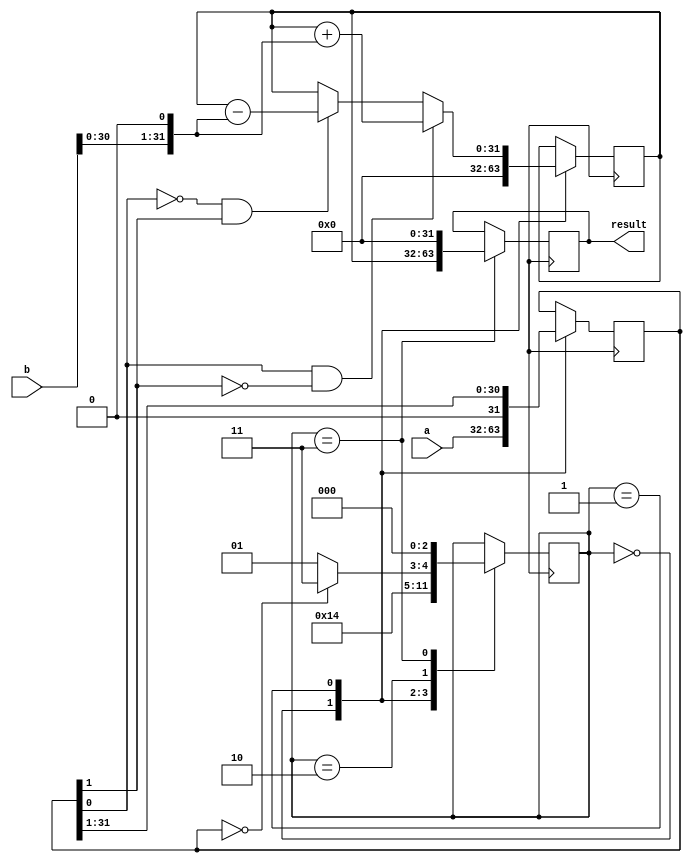
module booth_multiplier(
  input [31:0] a,
  input [31:0] b,
  output reg [63:0] result
);

reg [31:0] partial_product;
reg [31:0] multiplier_reg;
reg [2:0] state;

always @ (posedge clk) begin
  case(state)
    0: begin
      multiplier_reg <= a;
      partial_product <= 0;
      state <= 1;
    end
    1: begin
      if(multiplier_reg[0] == 1 && multiplier_reg[1] == 0) begin
        partial_product <= partial_product + (b << 1);
      end
      else if(multiplier_reg[0] == 0 && multiplier_reg[1] == 1) begin
        partial_product <= partial_product - (b << 1);
      end
      multiplier_reg <= multiplier_reg >> 1;
      state <= 2;
    end
    2: begin
      state <= (multiplier_reg == 0) ? 3 : 1;
    end
    3: begin
      result <= {partial_product, 32'b0};
      state <= 0;
    end
  endcase
end

endmodule